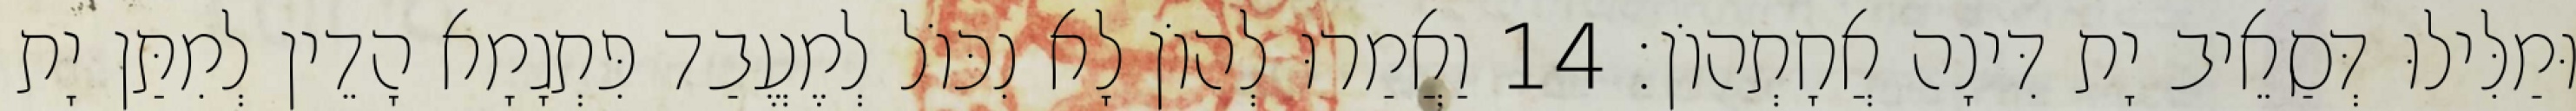
וּמַלִּילוּ דְּסַאֵיב יָת דִּינָה אֲחָתְהוֹן׃ 14 וַאֲמַרוּ לְהוֹן לָא נִכּוֹל לְמֶעֱבַד פִּתְגָמָא הָדֵין לְמִתַּן יָת